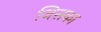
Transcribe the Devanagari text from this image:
जिसका